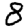
Digit: 8